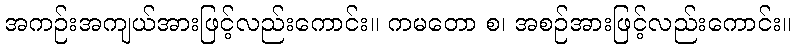
အကဉ်းအကျယ်အားဖြင့်လည်းကောင်း။ ကမတော စ၊ အစဉ်အားဖြင့်လည်းကောင်း။